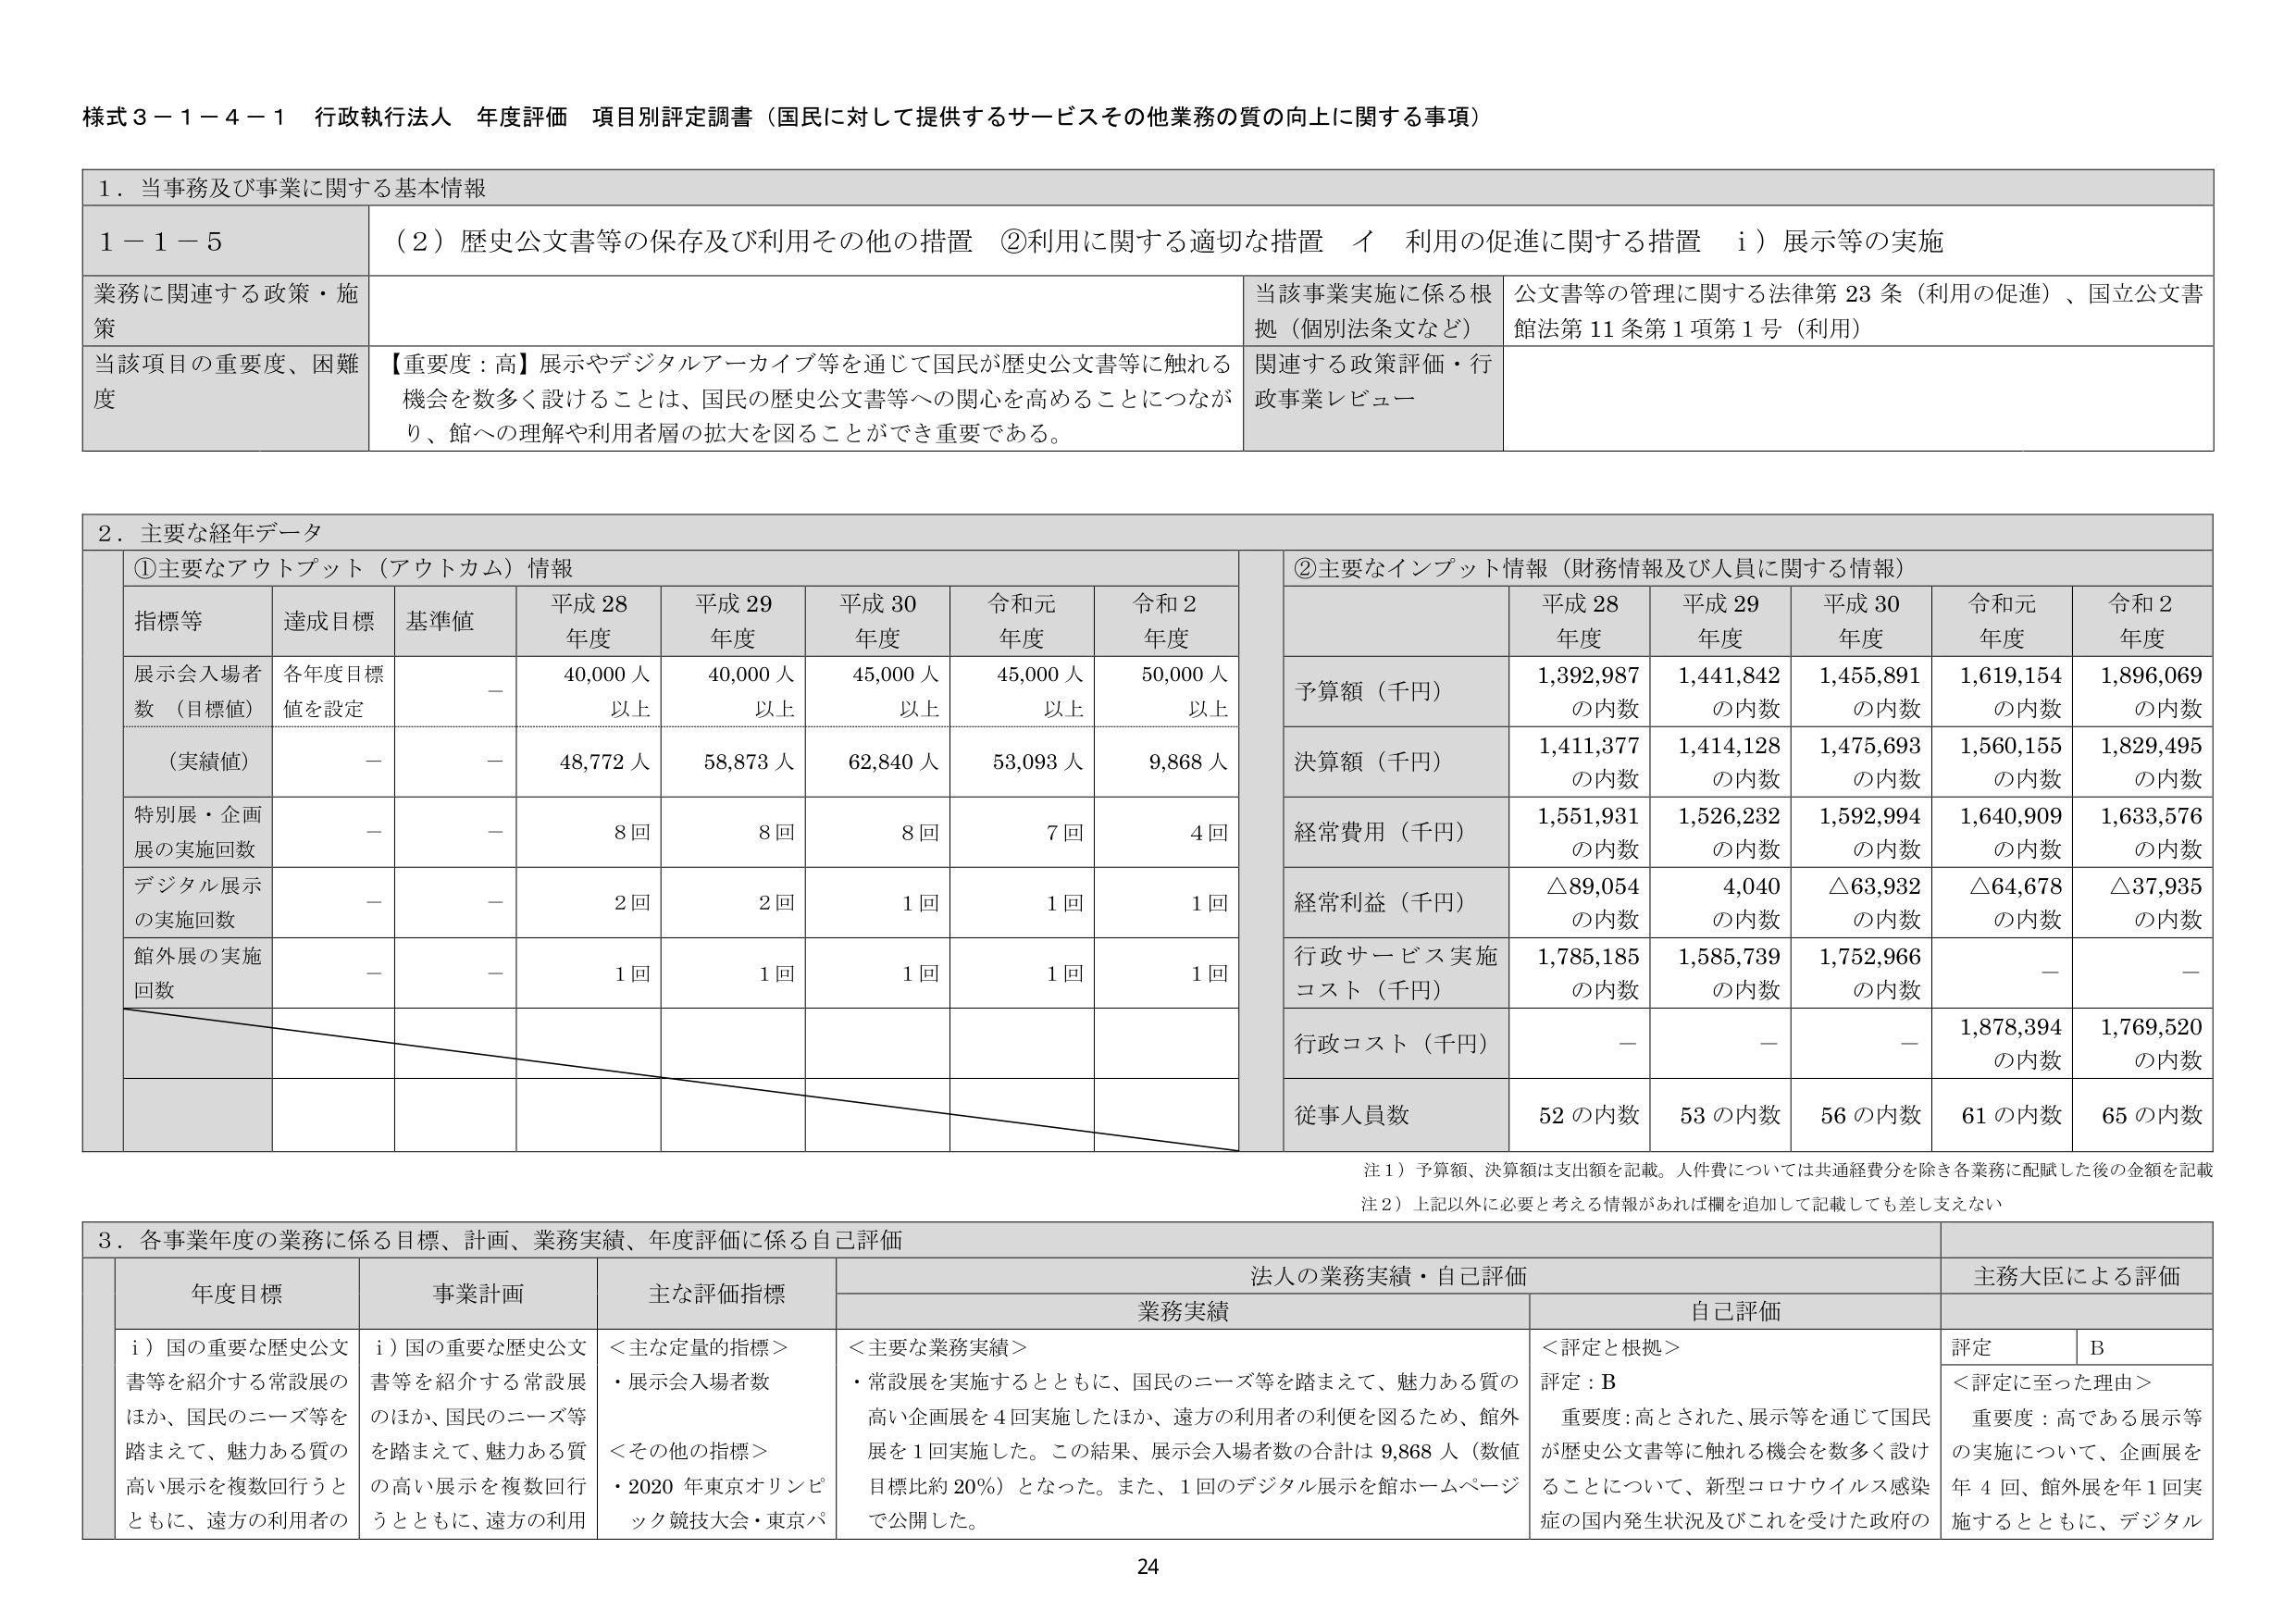
様式３－１－４－１ 行政執行法人 年度評価 項目別評定調書（国民に対して提供するサービスその他業務の質の向上に関する事項）

１．当事務及び事業に関する基本情報

１－１－５ （２）歴史公文書等の保存及び利用その他の措置 ②利用に関する適切な措置 イ 利用の促進に関する措置 ⅰ）展示等の実施

業務に関連する政策・施策
当該事業実施に係る根拠（個別法条文など）
公文書等の管理に関する法律第23条（利用の促進）、国立公文書館法第11条第1項第1号（利用）

当該項目の重要度、困難度
【重要度：高】展示やデジタルアーカイブ等を通じて国民が歴史公文書等に触れる機会を数多く設けることは、国民の歴史公文書等への関心を高めることにつながり、館への理解や利用者層の拡大を図ることができ重要である。
関連する政策評価・行政事業レビュー

２．主要な経年データ

①主要なアウトプット（アウトカム）情報

指標等 達成目標 基準値 平成28年度 平成29年度 平成30年度 令和元年度 令和2年度
展示会入場者数（目標値） 各年度目標値を設定 － 40,000人以上 40,000人以上 45,000人以上 45,000人以上 50,000人以上
（実績値） － － 48,772人 58,873人 62,840人 53,093人 9,868人
特別展・企画展の実施回数 － － 8回 8回 8回 7回 4回
デジタル展示の実施回数 － － 2回 2回 1回 1回 1回
館外展の実施回数 － － 1回 1回 1回 1回 1回

②主要なインプット情報（財務情報及び人員に関する情報）

予算額（千円） 平成28年度 平成29年度 平成30年度 令和元年度 令和2年度
1,392,987の内数 1,441,842の内数 1,455,891の内数 1,619,154の内数 1,896,069の内数
決算額（千円） 1,411,377の内数 1,414,128の内数 1,475,693の内数 1,560,155の内数 1,829,495の内数
経常費用（千円） 1,551,931の内数 1,526,232の内数 1,592,994の内数 1,640,909の内数 1,633,576の内数
経常利益（千円） △89,054の内数 4,040の内数 △63,932の内数 △64,678の内数 △37,935の内数
行政サービス実施コスト（千円） 1,785,185の内数 1,585,739の内数 1,752,966の内数 － －
行政コスト（千円） － － － 1,878,394の内数 1,769,520の内数
従事人員数 52の内数 53の内数 56の内数 61の内数 65の内数

注１）予算額、決算額は支出額を記載。人件費については共通経費分を除き各業務に配賦した後の金額を記載
注２）上記以外に必要と考える情報があれば欄を追加して記載しても差し支えない

３．各事業年度の業務に係る目標、計画、業務実績、年度評価に係る自己評価

年度目標 事業計画 主な評価指標 法人の業務実績・自己評価 主務大臣による評価
業務実績 自己評価 評定 B
ⅰ）国の重要な歴史公文書等を紹介する常設展のほか、国民のニーズ等を踏まえて、魅力ある質の高い展示を複数回行うとともに、遠方の利用者の
ⅰ）国の重要な歴史公文書等を紹介する常設展のほか、国民のニーズ等を踏まえて、魅力ある質の高い展示を複数回行うとともに、遠方の利用
＜主な定量的指標＞
・展示会入場者数
＜その他の指標＞
・2020年東京オリンピック競技大会・東京パ
＜主要な業務実績＞
・常設展を実施するとともに、国民のニーズ等を踏まえて、魅力ある質の高い企画展を4回実施したほか、遠方の利用者の利便を図るため、館外展を1回実施した。この結果、展示会入場者数の合計は9,868人（数値目標比約20％）となった。また、1回のデジタル展示を館ホームページで公開した。
＜評定と根拠＞
評定：B
重要度：高とされた、展示等を通じて国民が歴史公文書等に触れる機会を数多く設けることについて、新型コロナウイルス感染症の国内発生状況及びこれを受けて政府の
＜評定に至った理由＞
重要度：高である展示等の実施について、企画展を年4回、館外展を年1回実施するとともに、デジタル

24